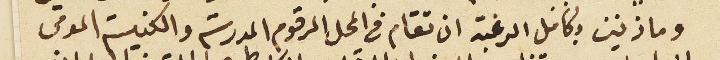
وماذنين بكامل الرغبة ان تقام فى المحل المرقوم المدرسة والكنيسة المومى